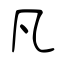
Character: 凡